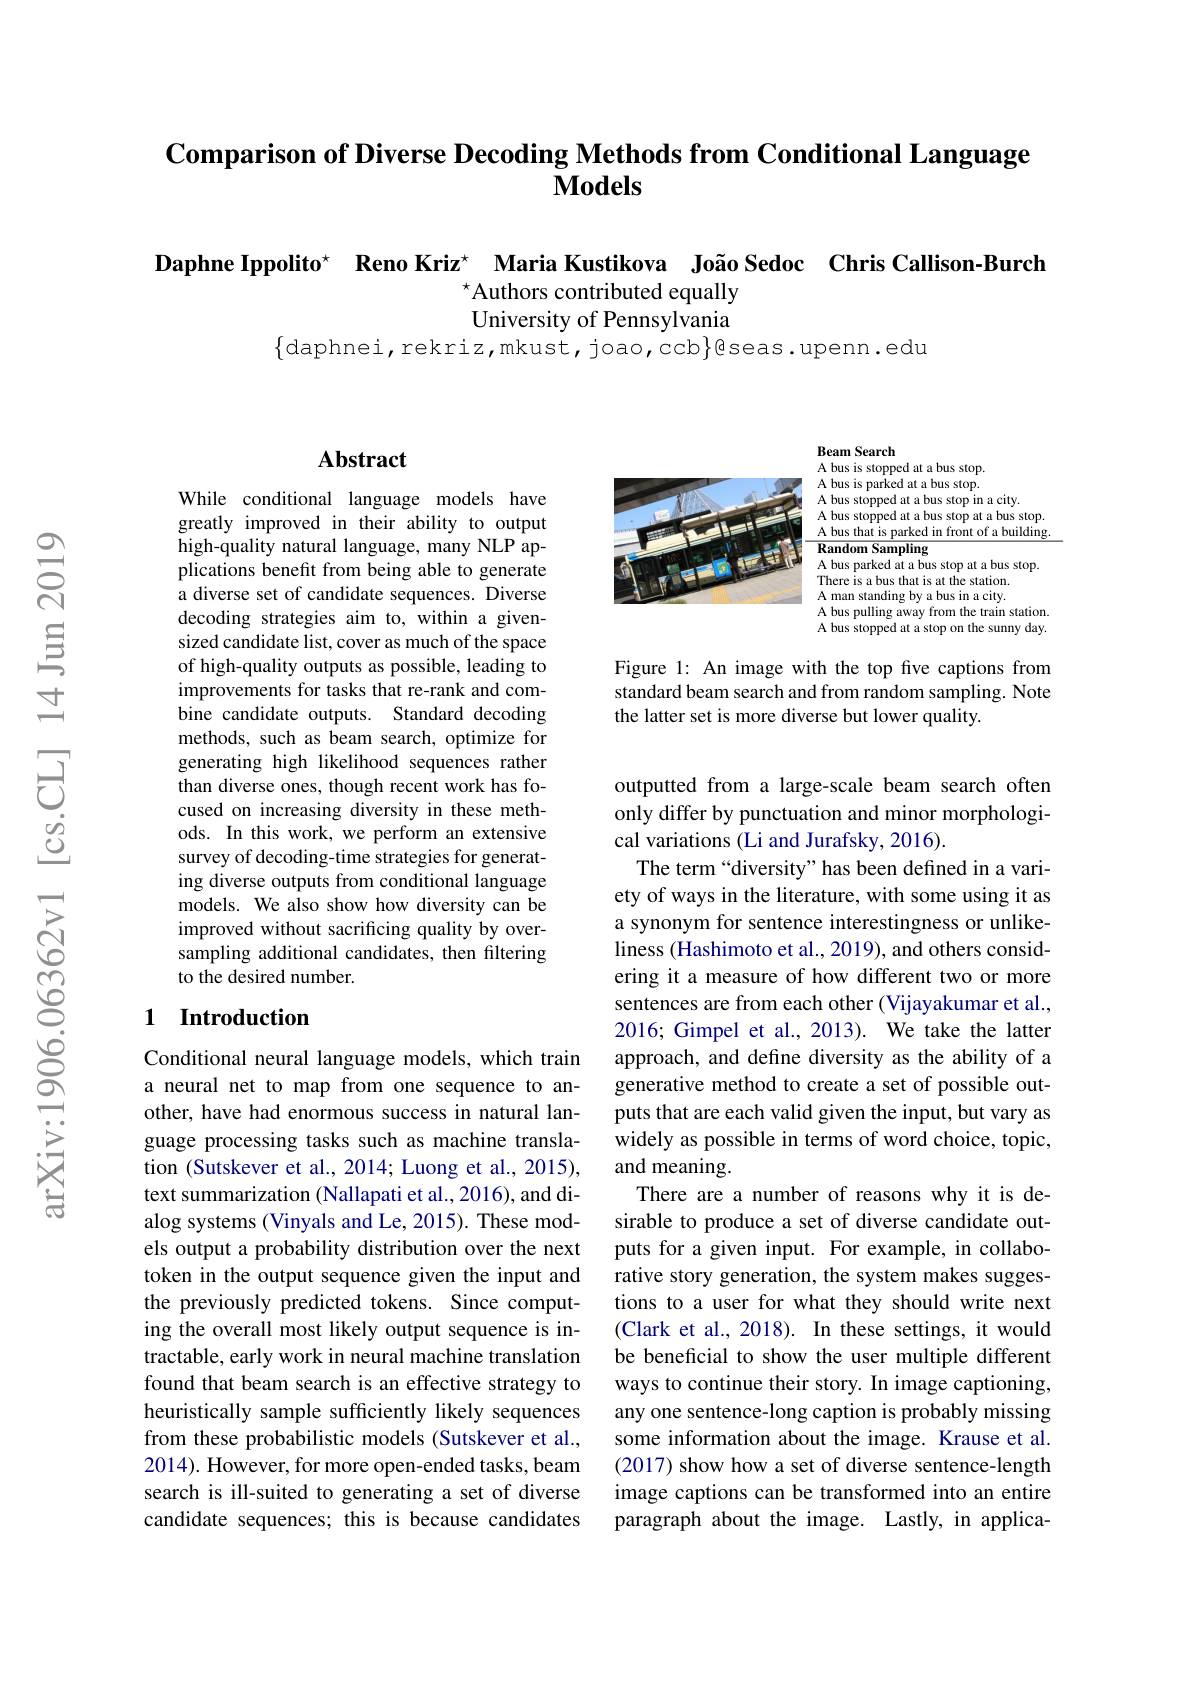
## Comparison of Diverse Decoding Methods from Conditional Language $\mathbf{Models}$

Daphne Ippolito$^{\star}$ Reno Kriz$^{\star}$ Maria Kustikova João Sedoc Chris Callison-Burch
$^{\star}$Authors contributed equally University of Pennsylvania
$\{$daphnei,rekriz,mkust,joao,ccb$\}$gseas.upenn.edu

### $\mathbf{Abstract}$

While conditional language models have greatly improved in their ability to output high-quality natural language, many NLP applications benefit from being able to generate a diverse set of candidate sequences. Diverse decoding strategies aim to, within a givensized candidate list, cover as much of the space of high-quality outputs as possible, leading to improvements for tasks that re-rank and combine candidate outputs. Standard decoding methods, such as beam search, optimize for generating high likelihood sequences rather than diverse ones, though recent work has focused on increasing diversity in these methods. In this work, we perform an extensive survey of decoding-time strategies for generating diverse outputs from conditional language models. We also show how diversity can be improved without sacrificing quality by oversampling additional candidates, then filtering to the desired number.

## 1 Introduction

Conditional neural language models, which train a neural net to map from one sequence to another, have had enormous success in natural language processing tasks such as machine translation (Sutskever et al., 2014; Luong et al., 2015), text summarization (Nallapati et al., 2016), and dialog systems (Vinyals and Le, 2015). These models output a probability distribution over the next token in the output sequence given the input and the previously predicted tokens. Since computing the overall most likely output sequence is intractable, early work in neural machine translation found that beam search is an effective strategy to heuristically sample sufficiently likely sequences from these probabilistic models (Sutskever et al., 2014). However, for more open-ended tasks, beam search is ill-suited to generating a set of diverse candidate sequences; this is because candidates

<FigureHere>

Figure 1: An image with the top five captions from standard beam search and from random sampling. Note the latter set is more diverse but lower quality.

outputted from a large-scale beam search often only differ by punctuation and minor morphological variations (Li and Jurafsky, 2016).
The term“diversity”has been defined in a variety of ways in the literature, with some using it as a synonym for sentence interestingness or unlikeliness (Hashimoto et al., 2019), and others considering it a measure of how different two or more sentences are from each other (Vijayakumar et al., 2016; Gimpel et al., 2013). We take the latter approach, and define diversity as the ability of a generative method to create a set of possible outputs that are each valid given the input, but vary as widely as possible in terms of word choice, topic, and meaning.
There are a number of reasons why it is desirable to produce a set of diverse candidate outputs for a given input. For example, in collaborative story generation, the system makes suggestions to a user for what they should write next (Clark et al., 2018). In these settings, it would be beneficial to show the user multiple different ways to continue their story. In image captioning, any one sentence-long caption is probably missing some information about the image. Krause et al. (2017) show how a set of diverse sentence-length image captions can be transformed into an entire paragraph about the image. Lastly, in applica-